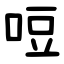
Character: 哣